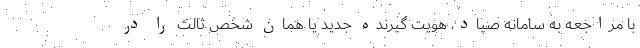
با مراجعه به سامانه صیاد، هویت گیرنده جدید یا همان شخص ثالث را در